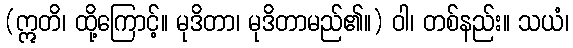
(ဣတိ၊ ထို့ကြောင့်။ မုဒိတာ၊ မုဒိတာမည်၏။) ဝါ၊ တစ်နည်း။ သယံ၊